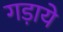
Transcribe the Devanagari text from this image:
गड़ाये